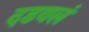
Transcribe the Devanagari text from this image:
दडवलं